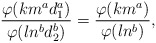
\begin{align*}\frac{\varphi(km^ad_1^a)}{\varphi(ln^bd_2^b)}=\frac{\varphi(km^a)}{\varphi(ln^b)},\end{align*}